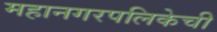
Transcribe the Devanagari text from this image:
महानगरपलिकेची